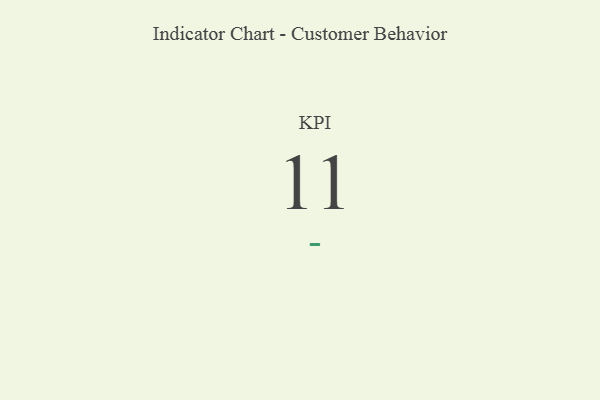
{"axis": {"x": "KPI", "y": "Value"}, "legend": [""], "data": [{"x": "KPI", "y": 11, "type": ""}]}